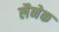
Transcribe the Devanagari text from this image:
लैनेक